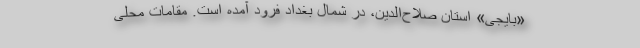
«بایجی» استان صلاح‌الدین، در شمال بغداد فرود آمده است. مقامات محلی